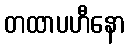
တထာပဟီနော